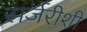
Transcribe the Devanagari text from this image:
सर्जरीशी